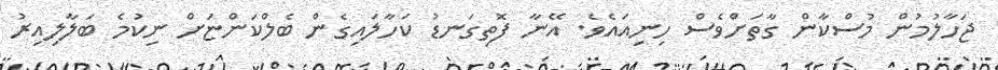
ޖަހާލުމުން މުސްކާން ގާތަށްވެސް ހިނިއައެވެ. އޭނާ ފޮތިގަނޑު ކަހާލައިގެން ބެލްކަންޏަށް ނިކުމެ ބަލާލިއިރު